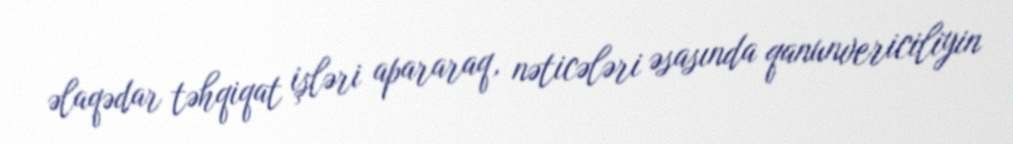
əlaqədar təhqiqat işləri apararaq, nəticələri əsasında qanunvericiliyin